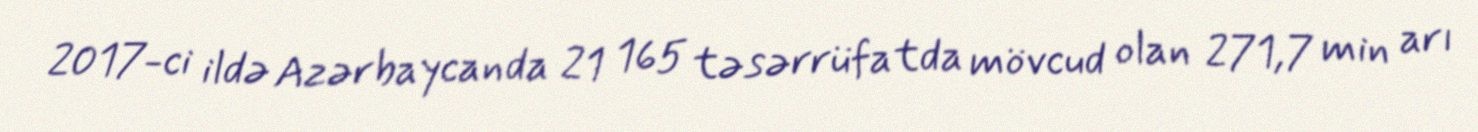
2017-ci ildə Azərbaycanda 21 165 təsərrüfatda mövcud olan 271,7 min arı